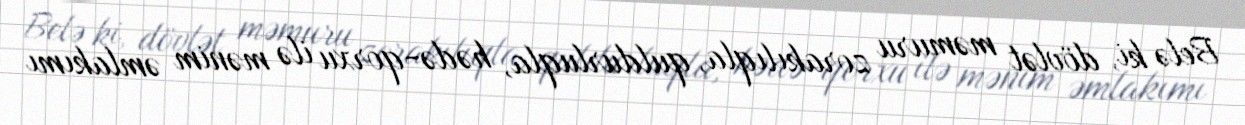
Belə ki, dövlət məmuru zorakılıqla, quldurluqla, hədə-qorxu ilə mənim əmlakımı